Civil Veterinary Department. Madras. Admin. report 1926-33 - 1926-1933
Year: 1926
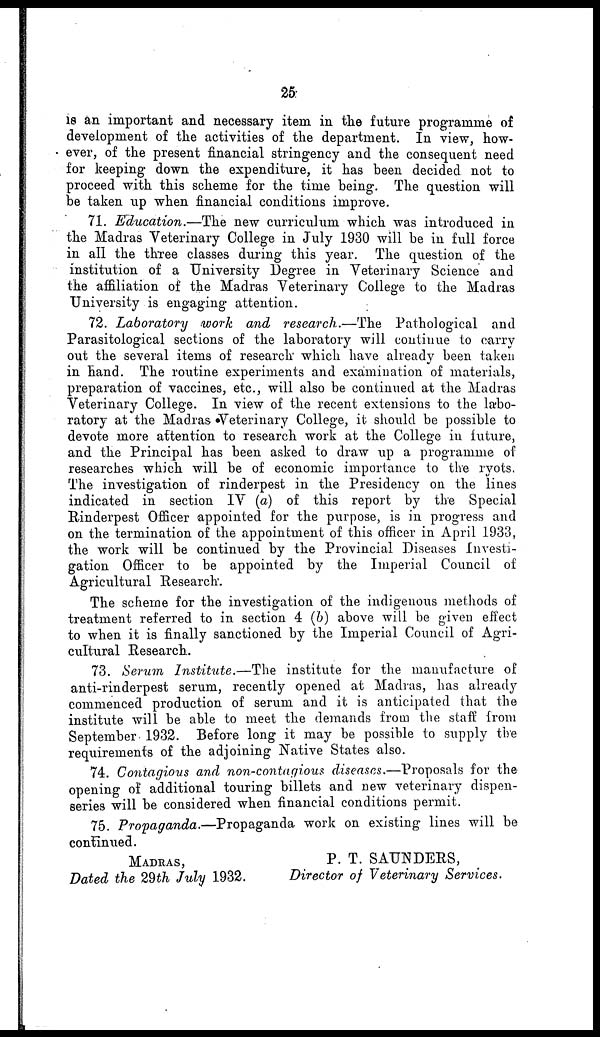
25
18 an important and necessary item in the future programme of
development of the activities of the department. In view, how-
ever, of the present financial stringency and the consequent need
for keeping down the expenditure, it has been decided not to
proceed with this scheme for the time being. The question will
be taken up when financial conditions improve.
71. Education.—The new curriculum which was introduced in
the Madras Veterinary College in July 1930 will be in full force
in all the three classes during this year. The question of the
institution of a University Degree in Veterinary Science and
the affiliation of the Madras Veterinary College to the Madras
University is engaging attention.
72. Laboratory
work and research.—The
Pathological and
Parasitological sections of the laboratory will continue to carry
out the several items of research which have already been taken
in hand. The routine experiments and examination of materials,
preparation of vaccines, etc., will also be continued at the Madras
Veterinary College. In view of the recent extensions to the labo-
ratory at the Madras Veterinary College, it should be possible to
devote more attention to research work at the College in future,
and the Principal has been asked to draw up a programme of
researches which will be of economic importance to the ryots.
The investigation of rinderpest in the Presidency on the lines
indicated in section IV (a) of this report by the Special
Rinderpest Officer appointed for the purpose, is in progress and
on the termination of the appointment of this officer in April 1933,
the work will be continued by the Provincial Diseases Investi-
gation Officer to be appointed by the Imperial Council of
Agricultural Research.
The scheme for the investigation of the indigenous methods of
treatment referred to in section 4 (b) above will be given effect
to when it is finally sanctioned by the Imperial Council of Agri-
cultural Research.
73. Serum Institute.—The
institute for the manufacture of
anti-rinderpest serum, recently opened at Madias, has already
commenced production of serum and it is anticipated that the
institute will be able to meet the demands from the staff from
September 1932. Before long it may be possible to supply the
requirements of the adjoining Native States also.
74. Contagious and non-contagious diseases.—Proposals
for the
opening of additional touring billets and new veterinary dispen-
series will be considered when financial conditions permit.
75. Propaganda.—Propaganda
work on existing lines will be
continued.
MADRAS,
Dated the 29th July 1932.
P. T. SAUNDERS,
Director of Veterinary
Services.